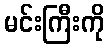
မင်းကြီးကို